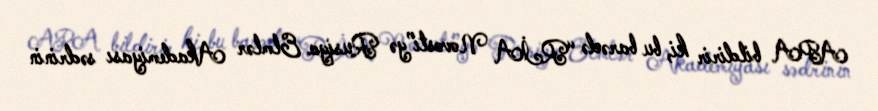
APA bildirir ki, bu barədə “RİA Novosti”yə Rusiya Elmlər Akademiyası sədrinin